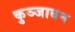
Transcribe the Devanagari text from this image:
कुञ्जाबन